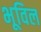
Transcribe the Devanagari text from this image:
भूविल